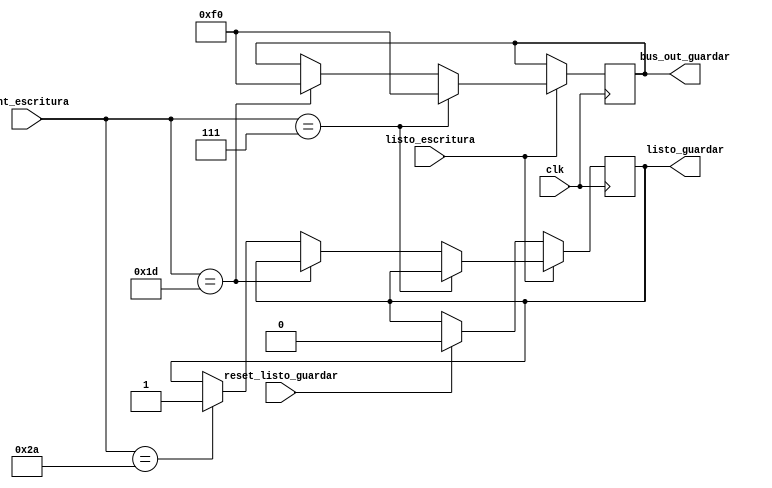
`timescale 1ns / 1ps

//Este bloque se utiliza para guardar el dato del registro de la memoria del RTC, al rea reservada del mismo. Para esto es 
//necesario utilizar uno de los comandos de RTC, en este caso se utiliza el comando F0
module Guardar_RTC(
    input clk,
	 input listo_escritura, //Recibe la seal del bloque Control_Escritura para indicar cuando ha terminado de escribir
	 input [5:0] cont_escritura, //Recibe el daro del bloque Signal_Control_Escritura, para definir la secuencia en que son enviados los datos
	 input reset_listo_guardar, //Recibe un reset de la FSM
    output reg [7:0] bus_out_guardar, // Bus de salida con el comando para guardar en el rea reservada
	 output reg listo_guardar// seal hacia fsm
    );

 always @ (posedge clk)
begin
	if (listo_escritura) begin 
		  if (cont_escritura==6'd7) bus_out_guardar<=8'hF0;
			else if (cont_escritura==6'd29) bus_out_guardar<= 8'hF0;
			else if (cont_escritura==6'd42) listo_guardar<=1'b1; 
	end 
	else if (reset_listo_guardar==1'b1) listo_guardar<=1'b0; //Si recibe la seal de reset de la FSM el la seal de listo guardar se reinicia para 
																			//esperar que se habilite el proceso nuevamente
	else bus_out_guardar<= bus_out_guardar;
end 

endmodule